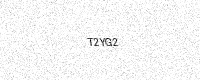
Text: T2YG2